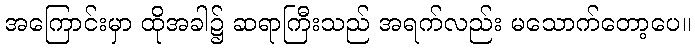
အကြောင်းမှာ ထိုအခါ၌ ဆရာကြီးသည် အရက်လည်း မသောက်တော့ပေ။